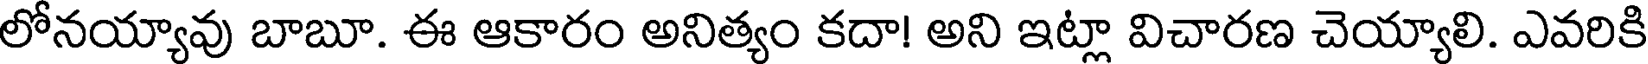
లోనయ్యావు బాబూ. ఈ ఆకారం అనిత్యం కదా! అని ఇట్లా విచారణ చెయ్యాలి. ఎవరికి